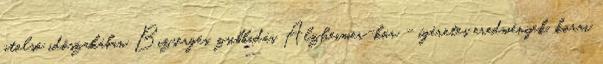
utolsó időszakában Bizsergés, zsibbadás Alzheimer-kór - ígéretes eredmények, korai